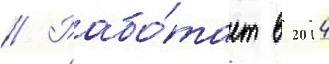
// Рабо́тает в 2014